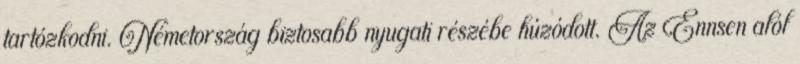
tartózkodni. Németország biztosabb nyugati részébe húzódott. Az Ennsen alól